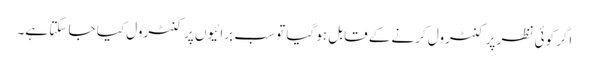
اگر کوئی نظر پر کنٹرول کرنے کے قابل ہو گیا تو سب برائیوں پر کنٹرول کیا جا سکتا ہے۔